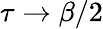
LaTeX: \tau\rightarrow\beta/2